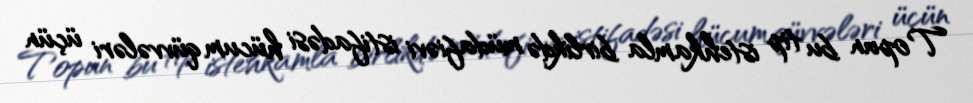
Topun bu tip istehkamla birlikdə müdafiəvi istifadəsi hücum qüvvələri üçün